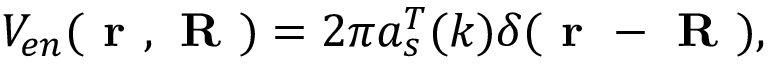
V _ { e n } ( \textbf { r } , \textbf { R } ) = 2 \pi a _ { s } ^ { T } ( k ) \delta ( \textbf { r } - \textbf { R } ) ,